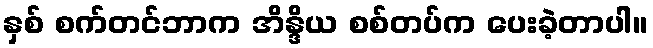
နှစ် စက်တင်ဘာက အိန္ဒိယ စစ်တပ်က ပေးခဲ့တာပါ။